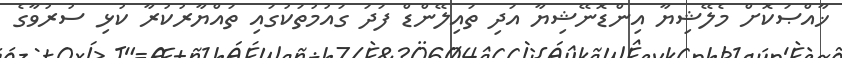
ޚާއްޞަކޮށް މެލޭޝިޔާ އިންޑޮނޭޝިޔާ އަދި ތައިލޭންޑް ފަދަ ގައުމުތަކުގައި ތައްޔާރުކުރާ ކުޅި ސުރުވާގެ